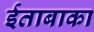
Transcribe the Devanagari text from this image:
ईताबाका